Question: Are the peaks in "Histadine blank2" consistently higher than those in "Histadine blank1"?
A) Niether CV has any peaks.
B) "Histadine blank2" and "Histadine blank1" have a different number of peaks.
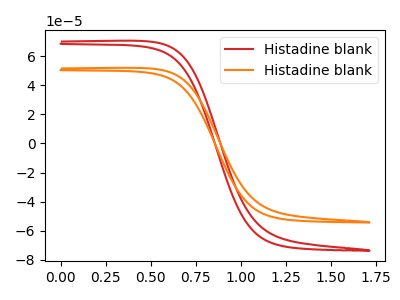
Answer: <think>The red curve "Histadine blank1" has no peaks. The orange curve "Histadine blank2" has no peaks.</think>
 <answer>A) Niether CV has any peaks.</answer>
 <eval>A</eval>